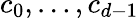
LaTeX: c_{0},\dots,c_{d-1}